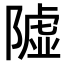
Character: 𨼋